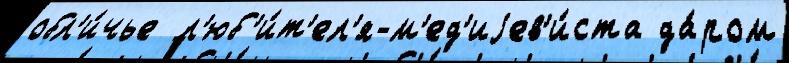
обл'и́чье  л'юб'и́т'ел'я-м'ед'иjев'и́ста да́ром